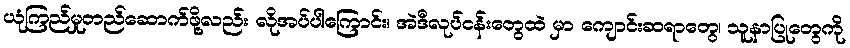
ယုံကြည်မှုတည်ဆောက်ဖို့လည်း လိုအပ်ပါကြောင်း၊ အဲဒီလုပ်ငန်းတွေထဲ မှာ ကျောင်းဆရာတွေ၊ သူနာပြုတွေကို